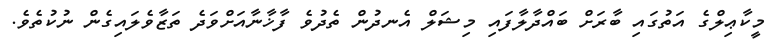
މީކާޢިލްގެ އަތުގައި ބާރަށް ބައްދާލާފައި މިޝަލް އެނދުން ތެދުވެ ފާޚާނާއަށްވަދެ ތަޒާވެލައިގެން ނުކުތެވެ.